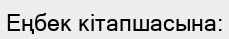
Еңбек кітапшасына: